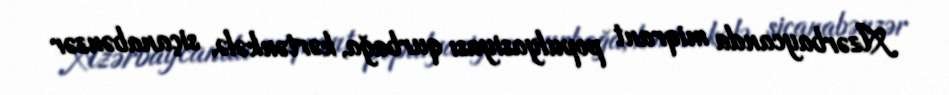
Azərbaycanda miqrant populyasiyası qurbağa, kərtənkələ, siçanabənzər